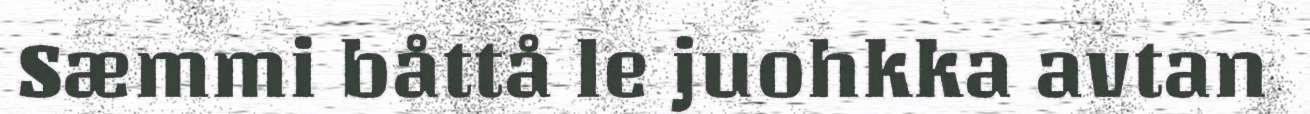
Sæmmi båttå le juohkka avtan